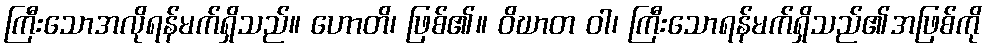
ကြီးသောအလိုရန်မက်ရှိသည်။ ဟောတိ၊ ဖြစ်၏။ ဝိဃာတ ဝါ၊ ကြီးသောရန်မက်ရှိသည်၏အဖြစ်ကို